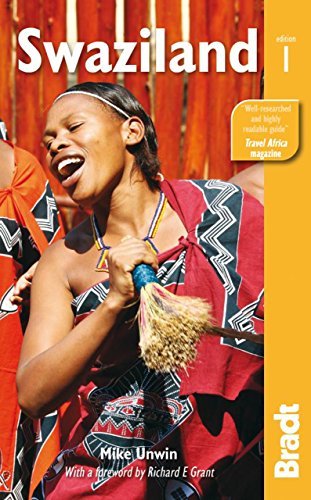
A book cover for By Mike Unwin Swaziland (Bradt Travel Guide) (1st First Edition) [Paperback]; Travel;